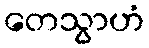
တေသွာဟံ